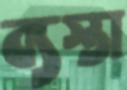
ব্যস্তা